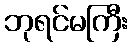
ဘုရင်မကြီး